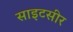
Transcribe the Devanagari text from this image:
साइटसीर